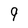
Character: 9